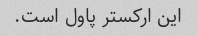
این ارکستر پاول است.